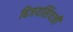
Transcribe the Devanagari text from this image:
बिजयसिंघजी